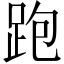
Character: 跑